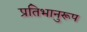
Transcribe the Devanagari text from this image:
प्रतिभानुरूप